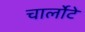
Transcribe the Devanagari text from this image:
चार्लोटे